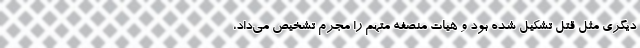
ديگري مثل قتل تشکیل شده بود و هيات منصفه متهم را مجرم تشخیص مي‌داد،